Indian journal of veterinary science and animal husbandry - Volumes 15-17, 1948-1951
Year: 1948
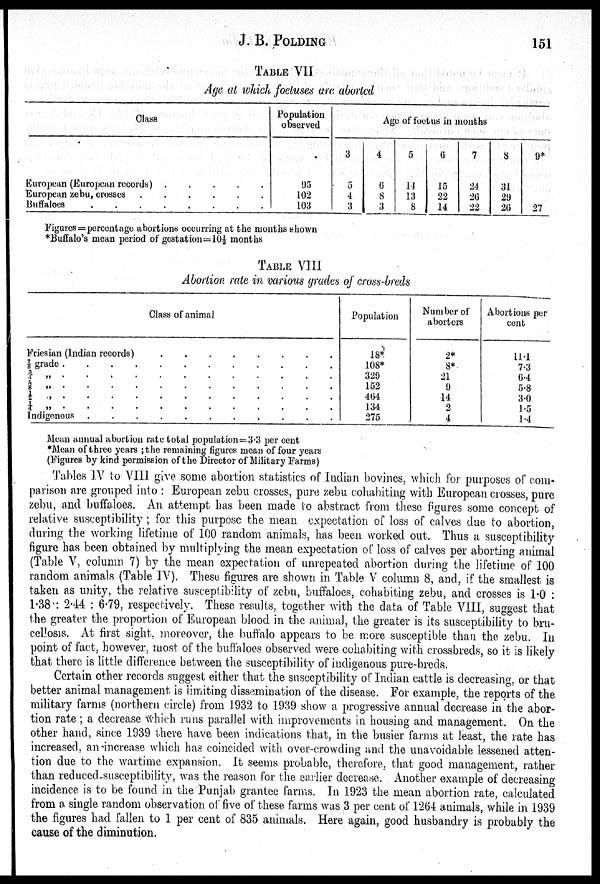
J. B. POLDING
151
TABLE VII
Age at which foetuses are aborted
Class
European (European records)
.
.
.
.
.
European zebu, crosses
.
.
.
.
.
.
Buffaloes
.
.
.
.
.
.
.
.
.
Population
observed
95
102
103
Age of foetus in months
3
5
4
3
4
6
8
3
5
14
13
8
6
15
22
14
7
24
26
22
8
31
29
26
9*
27
Figures = percentage abortions occurring at the months shown
*Buffalo's mean period of gestation = 10½ months
TABLE VIII
Abortion rate in various grades of cross-breds
Class of animal
Friesian (Indian records)
.
.
.
.
.
.
.
.
⅞ „ . . . . . . . . . . . .
¾ „ . . . . . . . . . . . .
⅝ „ . . . . . . . . . . . .
½ „ . . . . . . . . . . . .
¼ „ . . . . . . . . . . . .
Indigenous . . . . . . . . . . . .
Population
18*
108*
329
152
464
134
275
Number of
aborters
2*
8*
21
9
14
2
4
Abortions per
cent
11.1
7.3
6.4
5.8
3.0
1.5
1.4
Mean annual abortion rate total population = 3.3 per cent
*Mean of three years ; the remaining figures mean of four years
(Figures by kind permission of the Director of Military Farms)
Tables IV to VIII give some abortion statistics of Indian bovines, which for purposes of com-
parison are grouped into : European zebu crosses, pure zebu cohabiting with European crosses, pure
zebu, and buffaloes. An attempt has been made to abstract from these figures some concept of
relative susceptibility ; for this purpose the mean expectation of loss of calves due to abortion,
during the working lifetime of 100 random animals, has been worked out. Thus a susceptibility
figure has been obtained by multiplying the mean expectation of loss of calves per aborting animal
(Table V, column 7) by the mean expectation of unrepeated abortion during the lifetime of 100
random animals (Table IV). These figures are shown in Table V column 8, and, if the smallest is
taken as unity, the relative susceptibility of zebu, buffaloes, cohabiting zebu, and crosses is 1.0 :
1.38 : 2.44 : 6.79, respectively. These results, together with the data of Table VIII, suggest that
the greater the proportion of European blood in the animal, the greater is its susceptibility to bru
cellosis. At first sight, moreover, the buffalo appears to be more susceptible than the zebu. In
point of fact, however, most of the buffaloes observed were cohabiting with crossbreds, so it is likely
that there is little difference between the susceptibility of indigenous pure-breds.
Certain other records suggest either that the susceptibility of Indian cattle is decreasing, or that
better animal management is limiting dissemination of the disease. For example, the reports of the
military farms (northern circle) from 1932 to 1939 show a progressive annual decrease in the abor
tion rate ; a decrease which runs parallel with improvements in housing and management. On the
other hand, since 1939 there have been indications that, in the busier farms at least, the rate has
increased, an increase which has coincided with over-crowding and the unavoidable lessened atten
tion due to the wartime expansion. It seems probable, therefore, that good management, rather
than reduced susceptibility, was the reason for the earlier decrease. Another example of decreasing
incidence is to be found in the Punjab grantee farms. In 1923 the mean abortion rate, calculated
from a single random observation of five of these farms was 3 per cent of 1264 animals, while in 1939
the figures had fallen to 1 per cent of 835 animals. Here again, good husbandry is probably the
cause of the diminution.